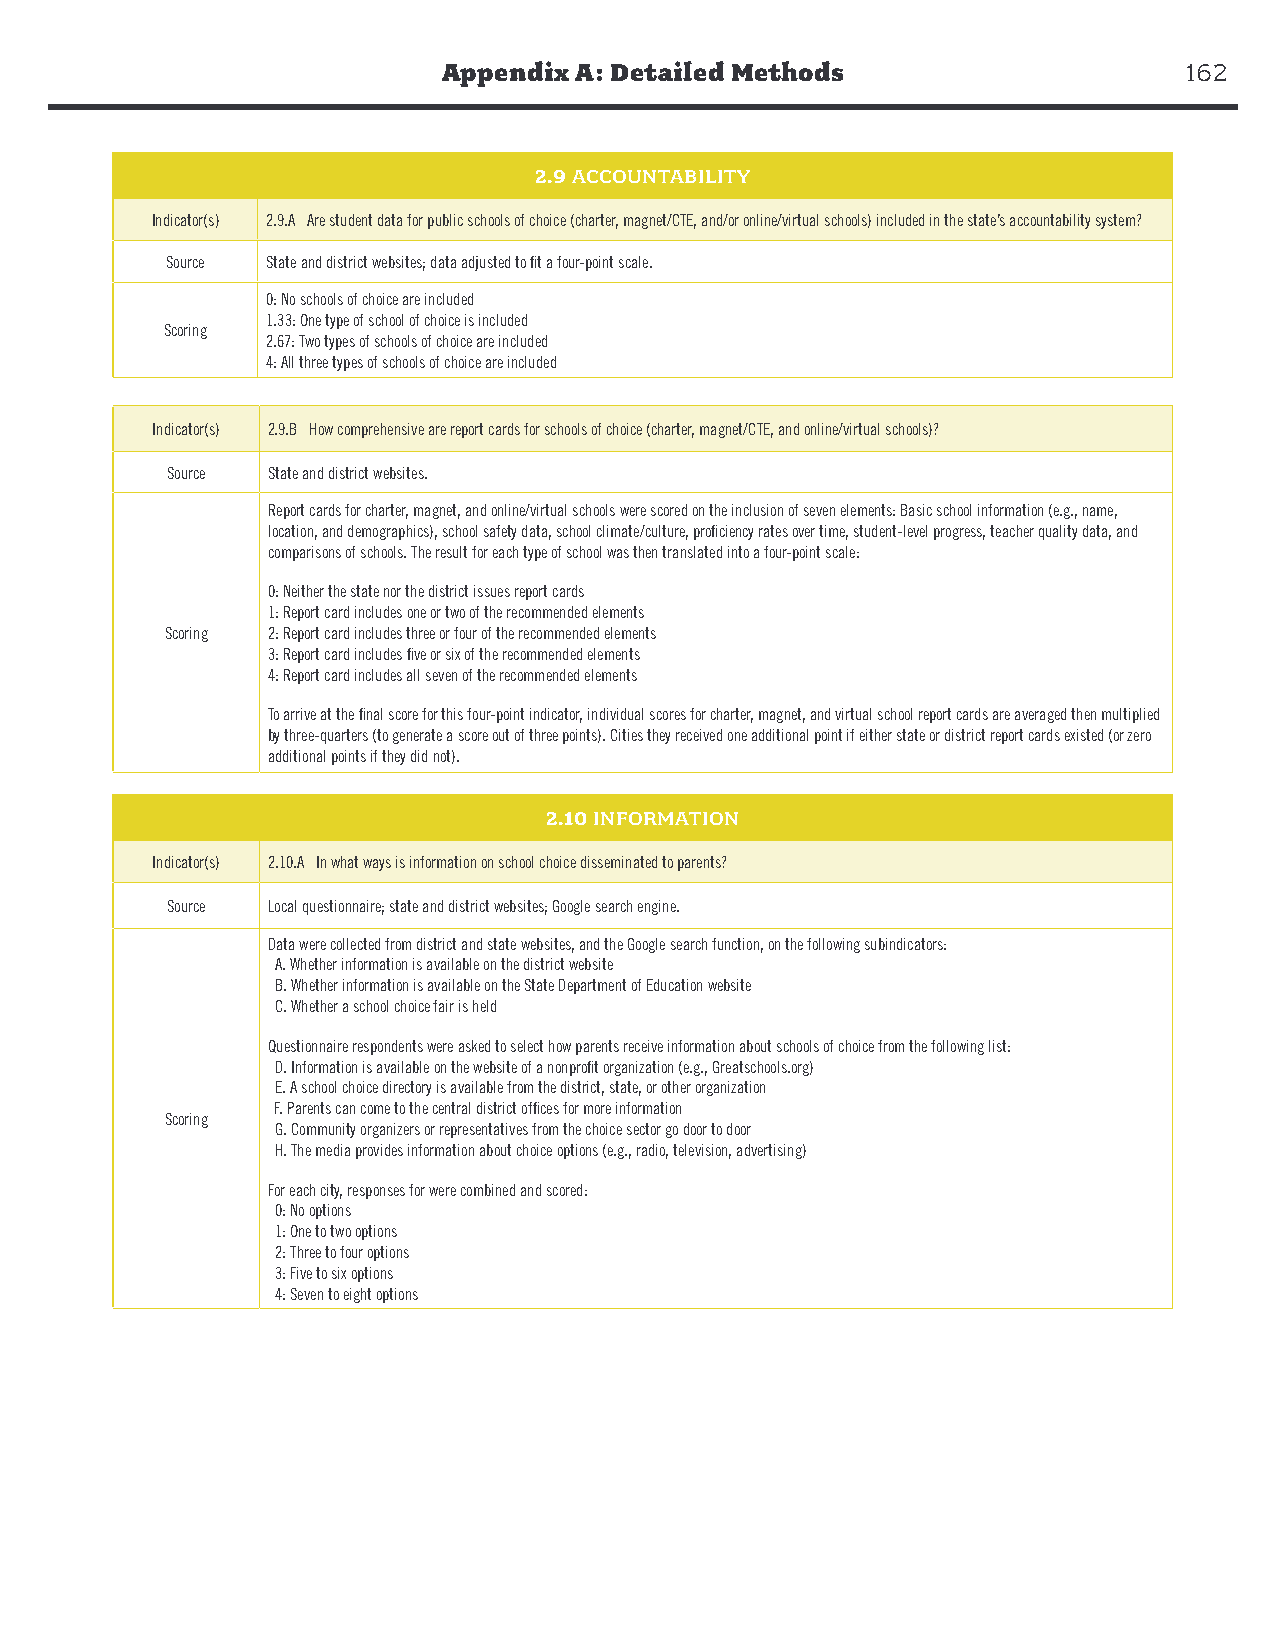
Appendix A: Detailed Methods                     162
 2.9 Accountability
 2.9 ACCOUNTABILITY
 Indicator(s) 2.9.A Are student data for public schools of choice (charter, magnet/CTE, and/or online/virtual schools) included in the state’s accountability system?
 Source State and district websites; data adjusted to fit a four-point scale.
 0: No schools of choice are included
 1.33: One type of school of choice is included
 Scoring
 2.67: Two types of schools of choice are included
 4: All three types of schools of choice are included
 Indicator(s) 2.9.B How comprehensive are report cards for schools of choice (charter, magnet/CTE, and online/virtual schools)?
 Source State and district websites.
 Report cards for charter, magnet, and online/virtual schools were scored on the inclusion of seven elements: Basic school information (e.g., name,
 location, and demographics), school safety data, school climate/culture, proficiency rates over time, student-level progress, teacher quality data, and
 comparisons of schools. The result for each type of school was then translated into a four-point scale:
 0: Neither the state nor the district issues report cards
 1: Report card includes one or two of the recommended elements
 Scoring 2: Report card includes three or four of the recommended elements
 3: Report card includes five or six of the recommended elements
 4: Report card includes all seven of the recommended elements
 To arrive at the final score for this four-point indicator, individual scores for charter, magnet, and virtual school report cards are averaged then multiplied
 by three-quarters (to generate a score out of three points). Cities they received one additional point if either state or district report cards existed (or zero
 additional points if they did not).
 2.10 Information
 2.10 INFORMATION
 Indicator(s) 2.10.A In what ways is information on school choice disseminated to parents?
 Source Local questionnaire; state and district websites; Google search engine.
 Data were collected from district and state websites, and the Google search function, on the following subindicators:
 A. Whether information is available on the district website
 B. Whether information is available on the State Department of Education website
 C. Whether a school choice fair is held
 Questionnaire respondents were asked to select how parents receive information about schools of choice from the following list:
 D. Information is available on the website of a nonprofit organization (e.g., Greatschools.org)
 E. A school choice directory is available from the district, state, or other organization
 F. Parents can come to the central district offices for more information
 Scoring
 G. Community organizers or representatives from the choice sector go door to door
 H. The media provides information about choice options (e.g., radio, television, advertising)
 For each city, responses for were combined and scored:
 0: No options
 1: One to two options
 2: Three to four options
 3: Five to six options
 4: Seven to eight options